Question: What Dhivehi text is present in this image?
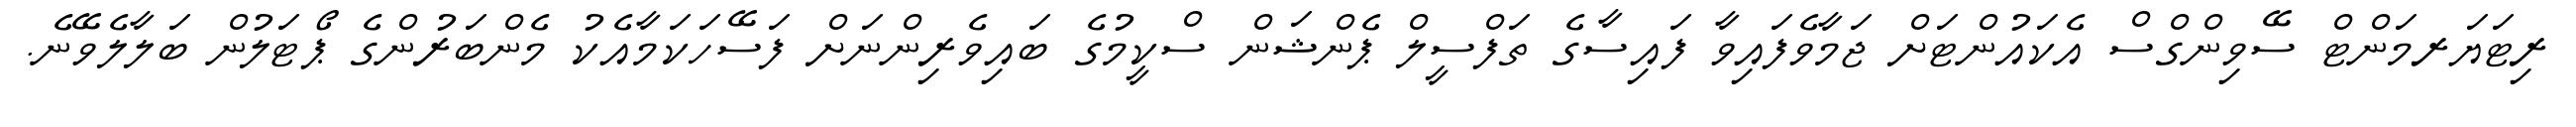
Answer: ރިޓަޔަރމަންޓް ސޭވިންގްސް އެކައުންޓަށް ޖަމާވެފައިވާ ފައިސާގެ ތަފްސީލް ޕެންޝަން ސްކީމުގެ ބައިވެރިންނަށް ފަސޭހަކަމާއެކު މެންބަރުންގެ ޕޯޓަލުން ބަލާލެވޭނެ.